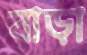
বাড়া